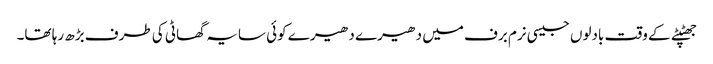
جھٹپٹے کے وقت بادلوں جیسی نرم برف میں دھیرے دھیرے کوئی سایہ گھاٹی کی طرف بڑھ رہا تھا۔